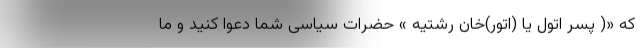
که «( پسر اتول یا (اتور)خان رشتیه » حضرات سیاسی شما دعوا کنید و ما